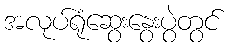
အလုပ်ရုံဆွေးနွေးပွဲတွင်